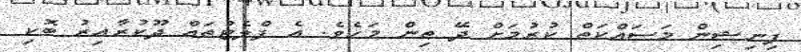
ފިނިޝިން މަސައްކަތް ކުރުމަށް ދޭ ތިން މަހެވެ. އެ ފްލެޓުތައް ދޫކުރާއިރު ބޮކި